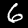
Label: 6